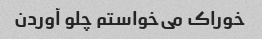
خوراک می‌خواستم چلو آوردن